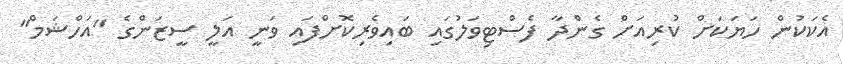
އެކަކުން ހަޔަކަށް ކުރިއަށް ގެންދާ ފެސްޓިވަލުގައި ބައިވެރިކޮށްފައި ވަނީ އަލީ ސީޒަންގެ "އަހްޝަމް"